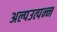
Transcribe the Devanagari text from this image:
अल्पउत्पन्न